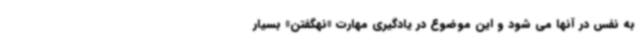
به نفس در آنها می شود و این موضوع در یادگیری مهارت «نهگفتن» بسیار